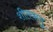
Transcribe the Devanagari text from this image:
शीतवायु